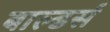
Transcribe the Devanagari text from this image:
बाल्डर्स